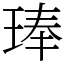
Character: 琫